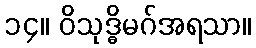
၁၄။ ဝိသုဒ္ဓိမဂ်အရသာ။